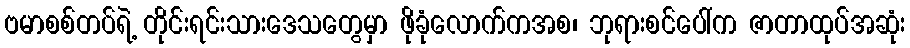
ဗမာစစ်တပ်ရဲ့ တိုင်းရင်းသားဒေသတွေမှာ ဖိုခုံလောက်ကအစ၊ ဘုရားစင်ပေါ်က ဇာတာထုပ်အဆုံး